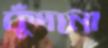
কুঁদনো